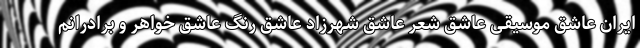
ایران عاشق موسیقی عاشق شعر عاشق شهرزاد عاشق رنگ عاشق خواهر و برادرانم